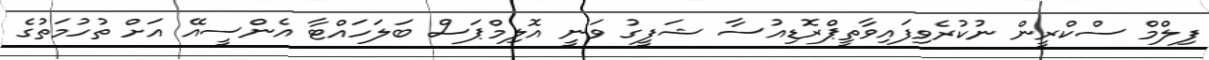
ފިލްމް ސްކްރީން ނުކުރެވިފައިވާތީޕްރޮޑިއުސާ ޝަފީގު ވަނީ އޮލިމްޕަސް ބަލަހައްޓާ އެންސީއޭ އަށް ތުހުމަތުގެ